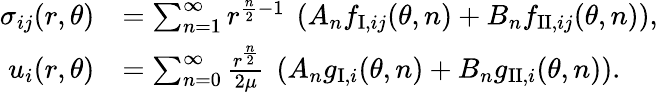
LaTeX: \begin{array}{rl}{\sigma_{ij}(r,\theta)}&{=\sum_{n=1}^{\infty}{r^{\frac{n}{2}-1}\ \left(A_{n}f_{\mathrm{I},ij}(\theta,n)+B_{n}f_{\mathrm{II},ij}(\theta,n)\right)},}\\ {u_{i}(r,\theta)}&{=\sum_{n=0}^{\infty}\frac{r^{\frac{n}{2}}}{2\mu}\ \left(A_{n}g_{\mathrm{I},i}(\theta,n)+B_{n}g_{\mathrm{II},i}(\theta,n)\right).}\end{array}